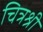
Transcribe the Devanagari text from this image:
चित्रश्री